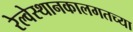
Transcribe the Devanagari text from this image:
रेल्वेस्थानकालगतच्या